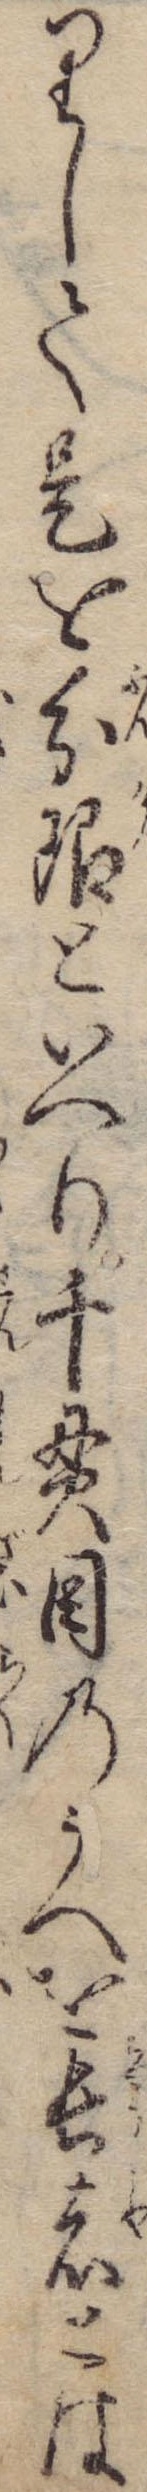
りして是を分限といへり千貫目のうへを長者とは